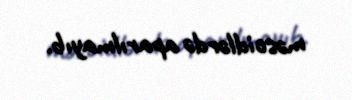
məscidlərdə aparılmayıb.